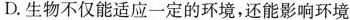
D.生物不仅能适应一定的环境，还能影响环境